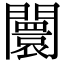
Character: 闤